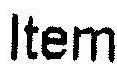
ITEM